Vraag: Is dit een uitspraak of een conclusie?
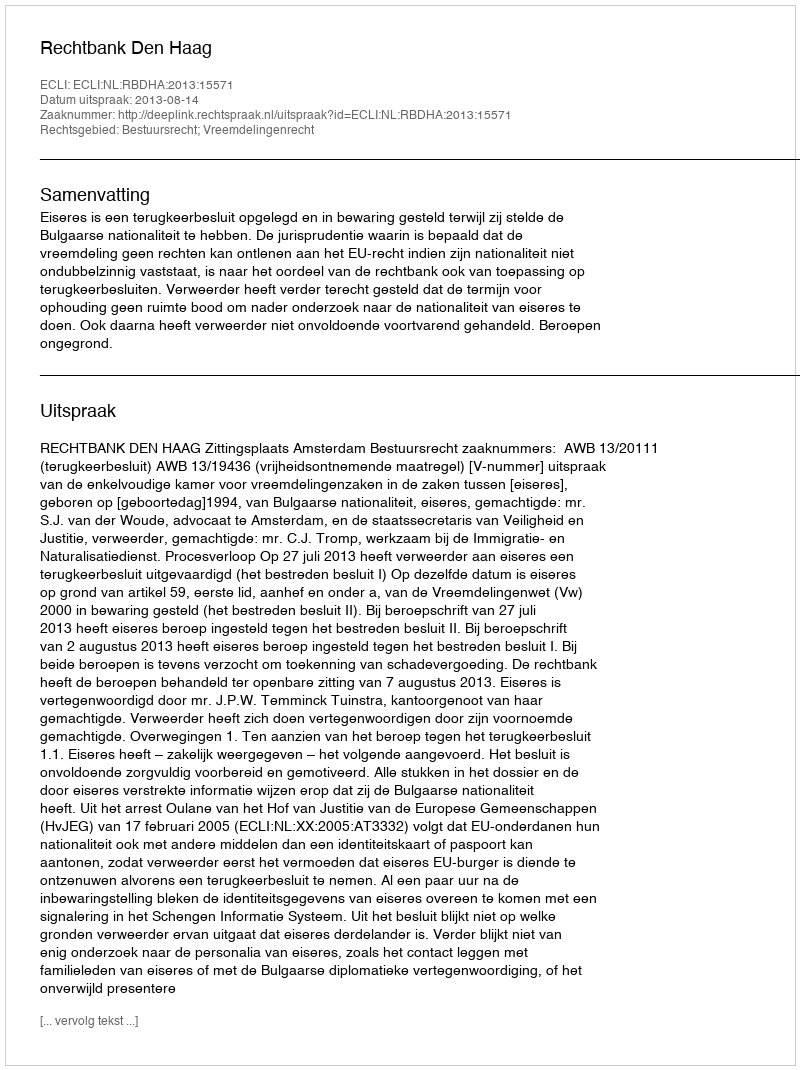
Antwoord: Uitspraak